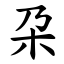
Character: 朶